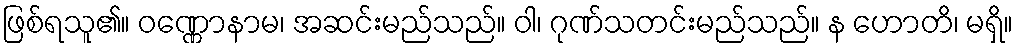
ဖြစ်ရသူ၏။ ဝဏ္ဏောနာမ၊ အဆင်းမည်သည်။ ဝါ၊ ဂုဏ်သတင်းမည်သည်။ န ဟောတိ၊ မရှိ။